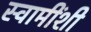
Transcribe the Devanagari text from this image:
स्वामींशी